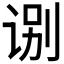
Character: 𰵬